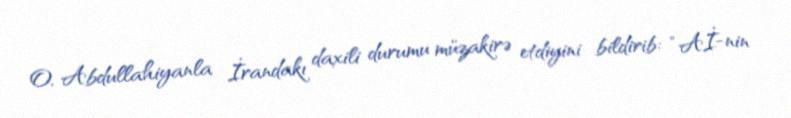
O, Abdullahiyanla İrandakı daxili durumu müzakirə etdiyini bildirib: “Aİ-nin